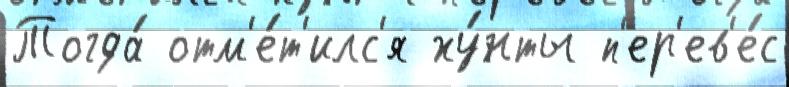
Тогда́ отм'е́т'илс'я ху́нты п'ер'ев'е́с